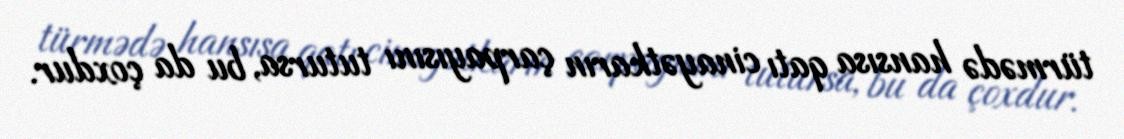
türmədə hansısa qatı cinayətkarın çarpayısını tutursa, bu da çoxdur.